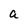
Character: a